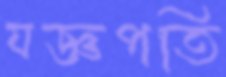
যজ্ঞপতি